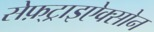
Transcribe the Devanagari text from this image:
सेफ़्ट्राइऐक्सोन